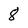
Character: 8